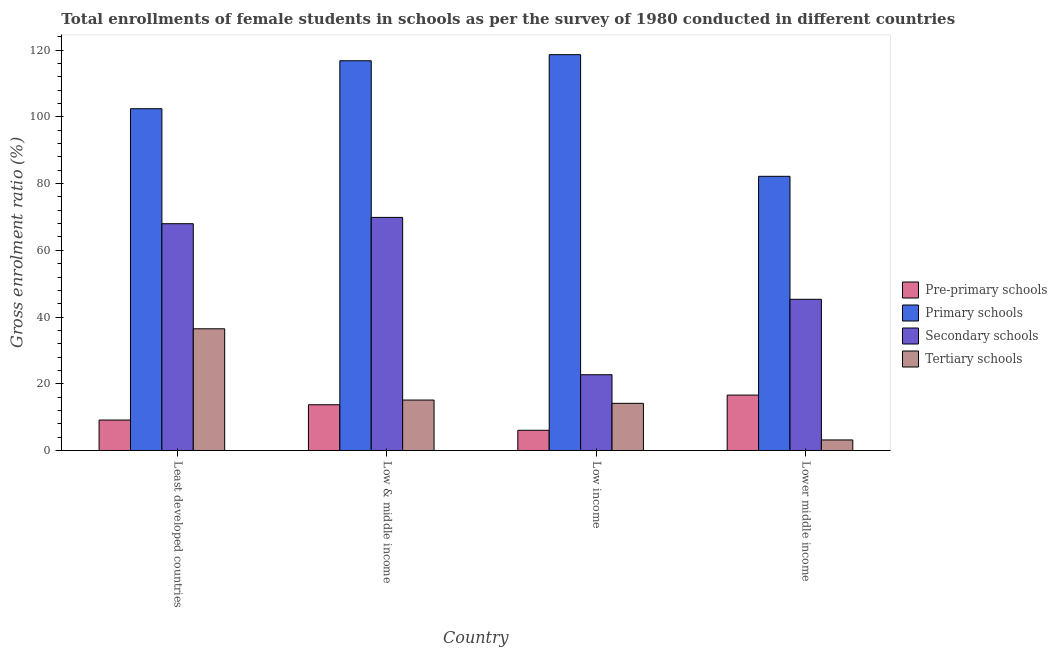
| Country | Pre-primary schools | Primary schools | Secondary schools | Tertiary schools |
 | --- | --- | --- | --- | --- |
 | Least developed countries | 9.13 | 102 | 68 | 36.5 |
 | Low & middle income | 13.7 | 117 | 69.9 | 15.1 |
 | Low income | 6.05 | 119 | 22.7 | 14.1 |
 | Lower middle income | 16.6 | 82.2 | 45.3 | 3.16 |